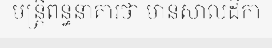
មន្ត្រីពន្ធនាគារថា មានសាលដីកា